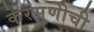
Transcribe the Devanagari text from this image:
केरसुणीची